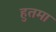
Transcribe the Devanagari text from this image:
हुतमा